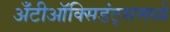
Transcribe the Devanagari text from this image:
अँटीऑक्सिडंट्समध्ये